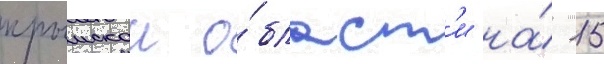
крымскои о́бласт'и на́ 15